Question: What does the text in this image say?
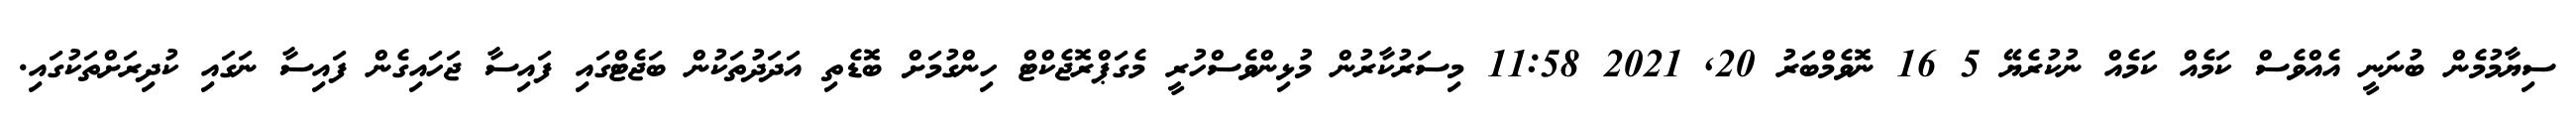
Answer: ސިޔާމުމެން ބުނަނީ އެއްވެސް ކަމެއް ކަމެއް ނުކުރެޔޭ 5 16 ނޮވެމްބަރު 20, 2021 11:58 މިސަރުކާރުން މުޅިންވެސްހުރީ މެގަޕްރޮޖެކްޓް ހިންގުމަށް ބޮޑެތި އަދަދުތަކުން ބަޖެޓްގައި ފައިސާ ޖަހައިގެން ފައިސާ ނަގައި ކުދިރަށްތަކުގައި.